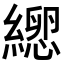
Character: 𦃕